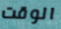
الوقت